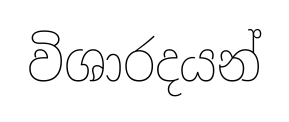
විශාරදයන්